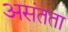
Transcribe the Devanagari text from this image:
असंतता